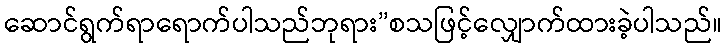
ဆောင်ရွက်ရာရောက်ပါသည်ဘုရား”စသဖြင့်လျှောက်ထားခဲ့ပါသည်။